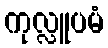
ကုလ္လူပမံ